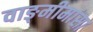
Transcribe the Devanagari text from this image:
वाङ्‍मीमांसा